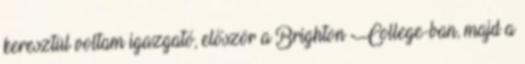
keresztül voltam igazgató, először a Brighton College-ban, majd a